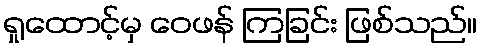
ရှုထောင့်မှ ဝေဖန် ကြခြင်း ဖြစ်သည်။